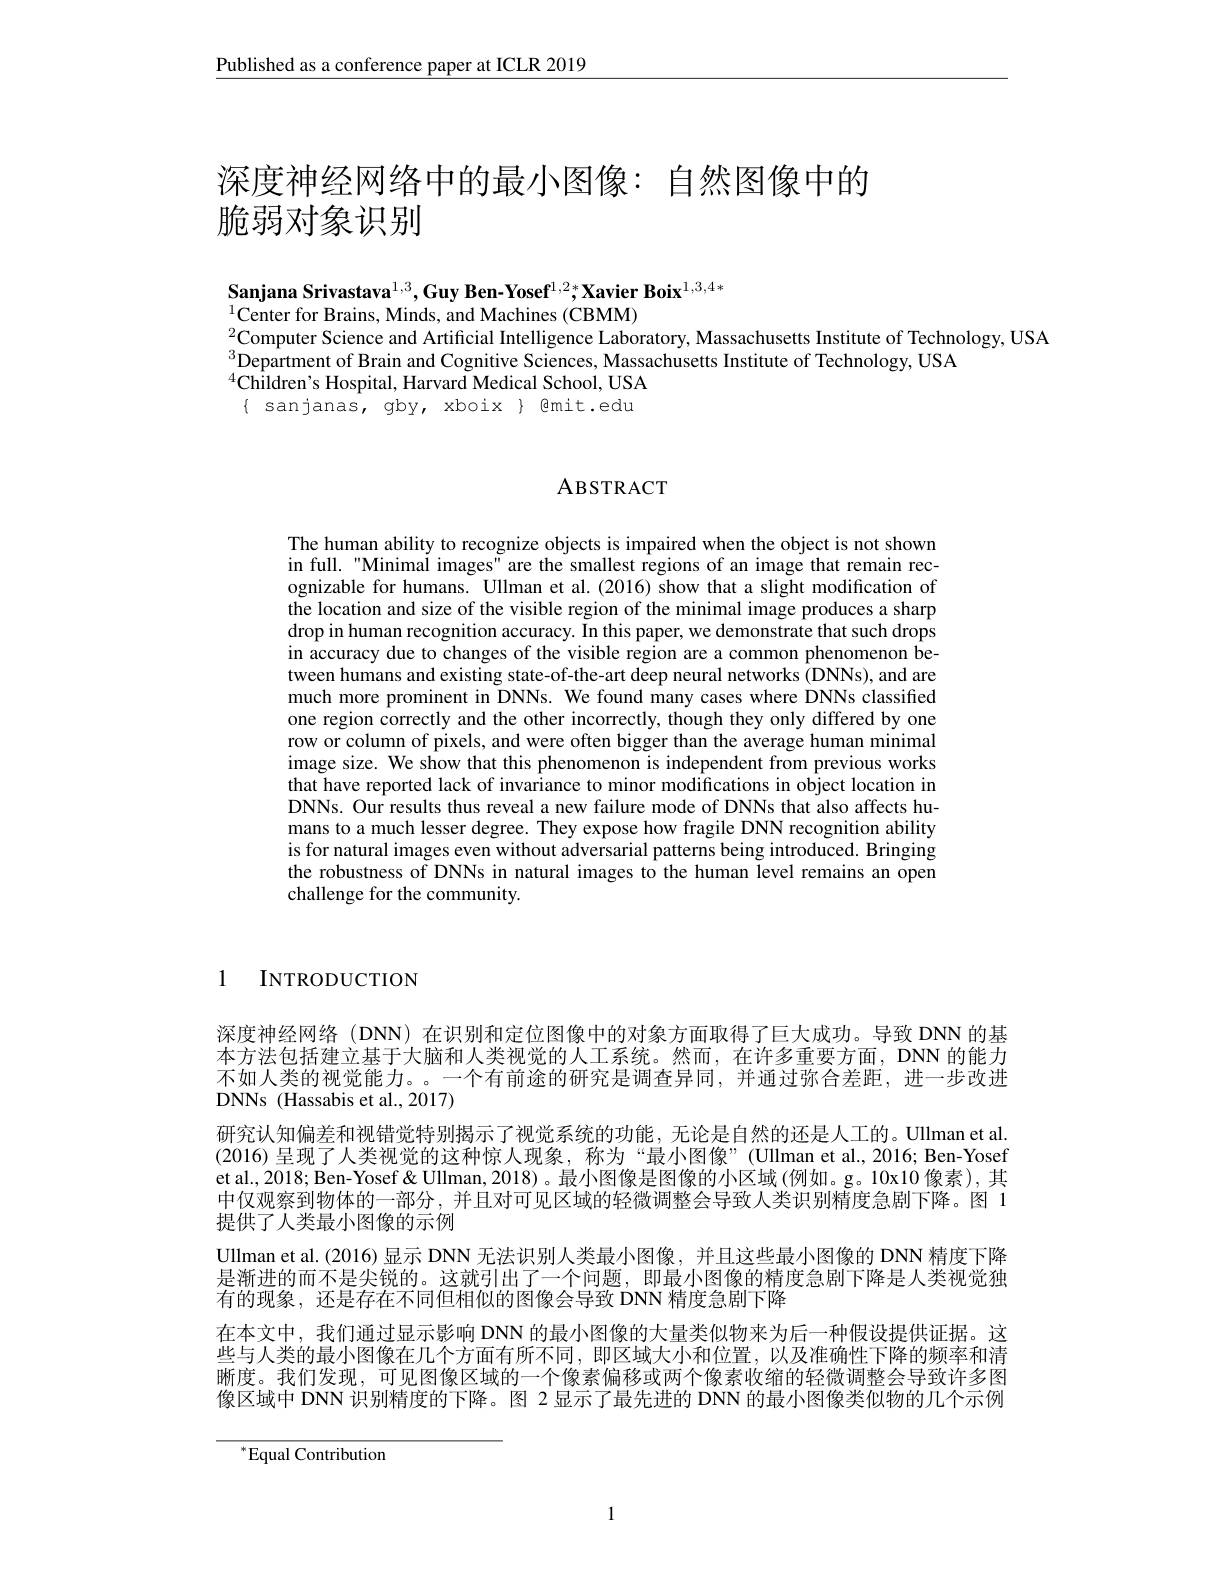
$\underline{\text{Published as a conference paper at ICLR 2019}}$

# 深度神经网络中的最小图像：自然图像中的脆弱对象识别

Sanjana Srivastava$^{1,3},\textbf{Guy Ben-Yosef}^{1,2*};\textbf{Xavier Boix}^{1,3,4*}$

$^{1}$Center for Brains, Minds, and Machines (CBMM)
$_{2}$Computer Science and Artificial Intelligence Laboratory, Massachusetts Institute of Technology, USA
$^{3}$Department of Brain and Cognitive Sciences, Massachusetts Institute of Technology, USA
$^{4}\hat{\text{Children's Hospital, Harvard Medical School, USA}}$ $\{$ sanjanas, gby, xboix $\}$ @mit.edu

## ABSTRACT

The human ability to recognize objects is impaired when the object is not shown in full."Minimai images" are the smallest regions of an image that remain recognizable for humans. Ullman et al. (2016) show that a slight modification of the location and size of the visible region of the minimal image produces a sharp drop in human recognition accuracy. In this paper, we demonstrate that such drops in accuracy due to changes of the visible region are a common phenomenon between humans and existing state-of-the-art deep neural networks (DNNs), and are much more prominent in DNNs. We found many cases where DNNs classified one region correctly and the other incorrectly, though they only differed by one row or column of pixels, and were often bigger than the average human minimal image size. We show that this phenomenon is independent from previous works that have reported lack of invariance to minor modifications in object location in DNNs. Our results thus reveal a new failure mode of DNNs that also affects humans to a much lesser degree. They expose how fragile DNN recognition ability is for natural images even without adversarial patterns being introduced. Bringing the robustness of DNNs in natural images to the human level remains an open challenge for the community.

1 INTRODUCTION

深度神经网络 (DNN) 在识别和定位图像中的对象方面取得了巨大成功。导致 DNN 的基本方法包括建立基于大脑和人类视觉的人工系统。然而，在许多重要方面，DNN 的能力不如人类的视觉能力。。一个有前途的研究是调查异同，并通过弥合差距，进一步改进DNNs (Hassabis et al., 2017)
研究认知偏差和视错觉特别揭示了视觉系统的功能，无论是自然的还是人工的。Ullman et al. (2016) 呈现了人类视觉的这种惊人现象，称为“最小图像”(Ullman et al., 2016; Ben-Yosef et al., 2018; Ben- Yosef & Ullman, 2018)。最小图像是图像的小区域 (例如。g。10x10 像素), 其中仅观察到物体的一部分，并且对可见区域的轻微调整会导致人类识别精度急剧下降。图 1提供了人类最小图像的示例
Ullman et al. (2016) 显示 DNN 无法识别人类最小图像，并且这些最小图像的 DNN 精度下降是渐进的而不是尖锐的。这就引出了一个问题，即最小图像的精度急剧下降是人类视觉独有的现象，还是存在不同但相似的图像会导致 DNN 精度急剧下降
在本文中，我们通过显示影响 DNN 的最小图像的大量类似物来为后一种假设提供证据。这些与人类的最小图像在几个方面有所不同，即区域大小和位置，以及准确性下降的频率和清晰度。我们发现，可见图像区域的一个像素偏移或两个像素收缩的轻微调整会导致许多图像区域中 DNN 识别精度的下降。图 2 显示了最先进的 DNN 的最小图像类似物的几个示例

$^{*}$Equal Contribution

1